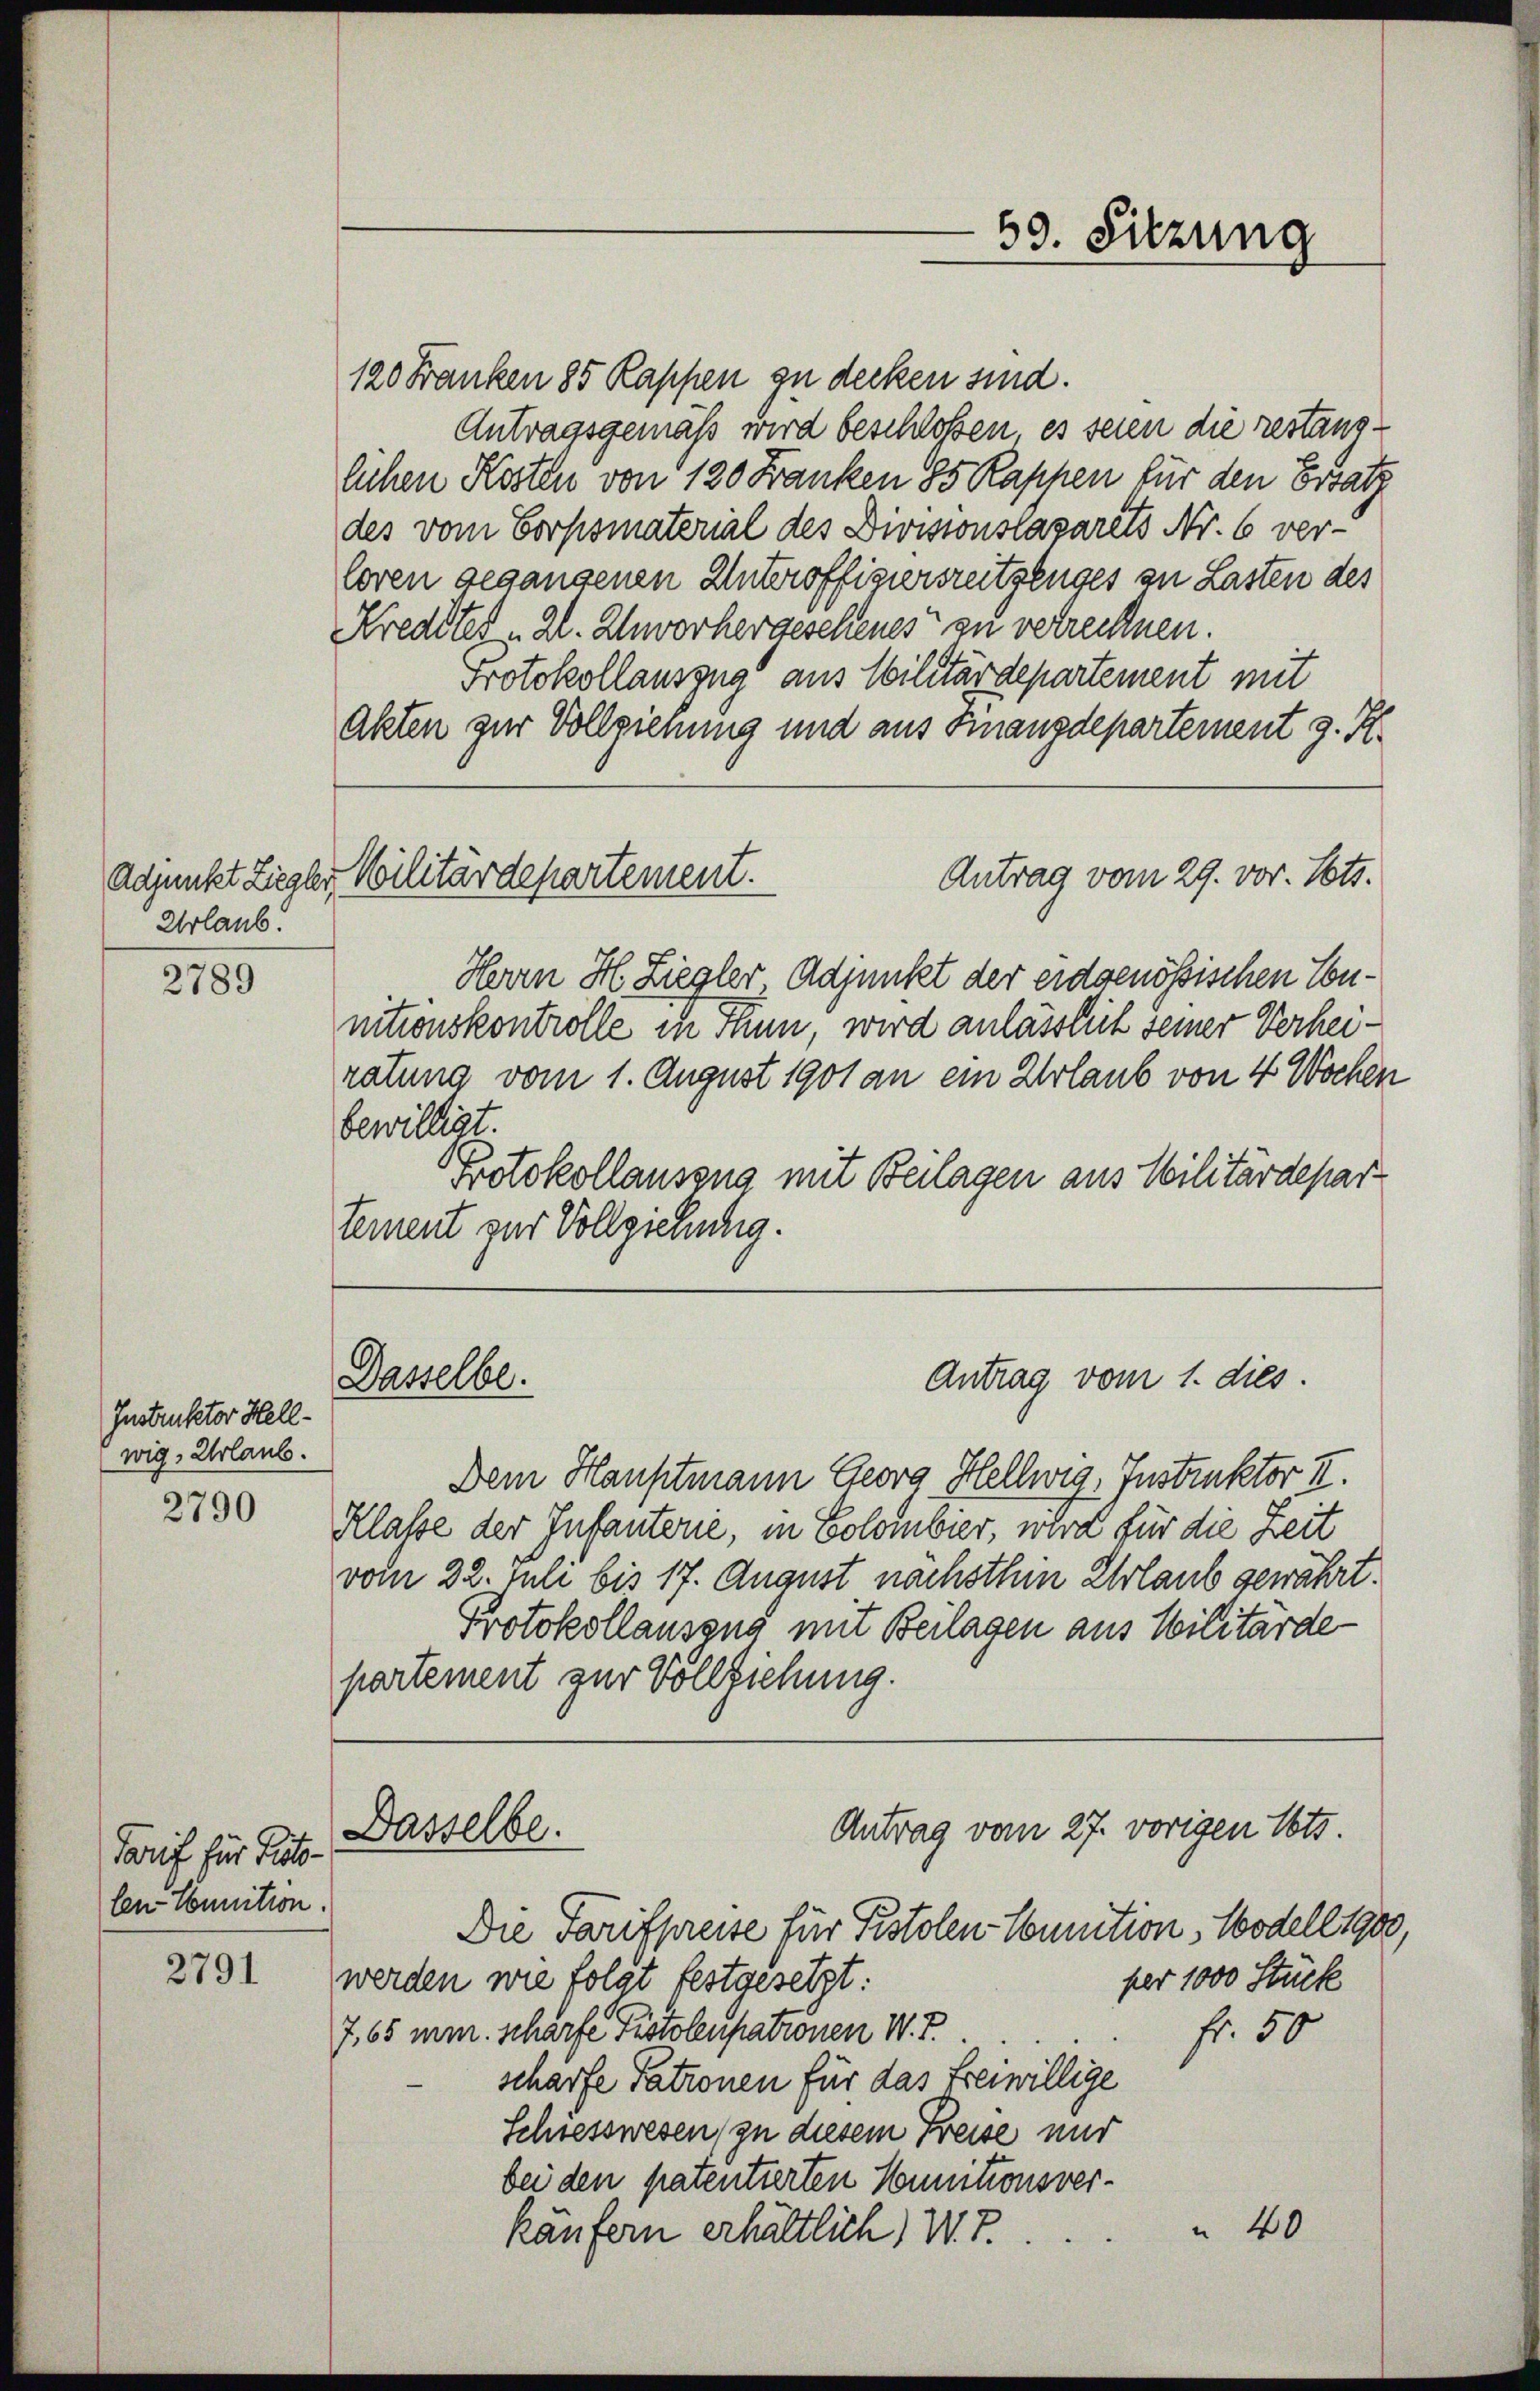
Urlaub.

2789

Instruktor Hell-
wig, Urlaub.

2790

Tarif für Tat-
len Connition

2791

120 Franken 85 Rappen zu decken sind.
Antragsgemäß wird beschlossen, es seien die restanglichen Kosten von 120 Franken 85 Kappen für den Ersatz
des vom Corpsmaterial des Divisionslazarets Nr. 6 verloren gegangenen Unteroffiziersreitszuges zu Lasten des
Kredites 2. Zworhergeschenes zu verrechnen.
Protokollauszug aus Militärdepartement mit
Akten zur Vollzienung und aus Finanzdepartement z. K.
Antrag vom 29. vor. Mts.
Adjunkt Ziegler, Militärdepartement.
Herrn H. Liegler Adjunkt der eidgenössischen Connitionskontrolle in Finn wird anlässlich seiner Verheiratung vom 1. August 1901 an ein Urlaub von 4 Wochen
bewilligt.
Protokollauszug mit Beilagen aus Militärdepar
tement zur Vollziehung.

Dasselbe.

partement zur Vollziehung.

Dem Hauptmann Georg Hellwig, Instruktor II.
Klasse der Infanterie, in Colombier, wird für die Zeit
vom 22. Juli bis 17. August nachsthin Urlaub gewährt.
Protokollauseng mit Beilagen aus Militärde-
Antrag vom 27. vorigen Tots.
Dasselbe.
Die Tarifpreise für Pistolen-Comition, Wodell 1900,
werden wie folgt festgesetzt:
per 1000 Stück
7,65 mir. scharfe Pistolenpationen W. T.
fr. 50
scharfe Patronen für das freiwillige
Schiesswesen (zu diesem Freise mir
bei den patentierten Munitionsver¬
 40
käufern erhältlich, V. P.

Antrag vom 1. dies.

59. Sitzung